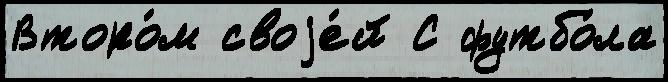
Второ́м своjе́й С футбо́ла